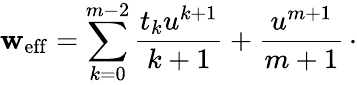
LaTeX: \mathbf{w}_{\mathrm{{eff}}}=\sum_{k=0}^{m-2}{\frac{{t_{k}u^{k+1}}}{{k+1}}}+{\frac{{u^{m+1}}}{{m+1}}}\, \cdotp